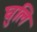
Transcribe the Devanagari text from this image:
घुलि